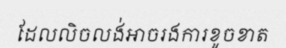
ដែលលិចលង់អាចរងការខូចខាត